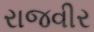
રાજવીર